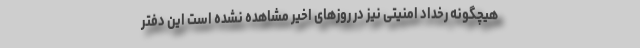
هیچگونه رخداد امنیتی نیز در روز‌های اخیر مشاهده نشده است این دفتر